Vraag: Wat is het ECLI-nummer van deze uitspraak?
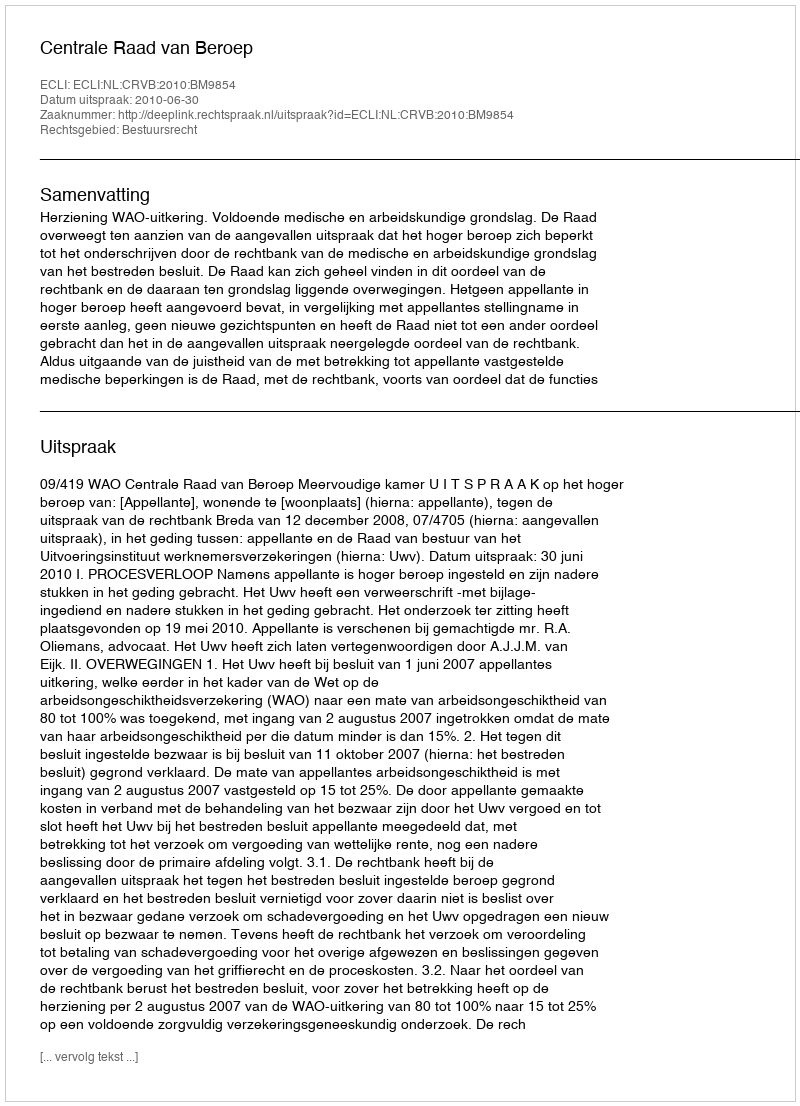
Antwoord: ECLI:NL:CRVB:2010:BM9854